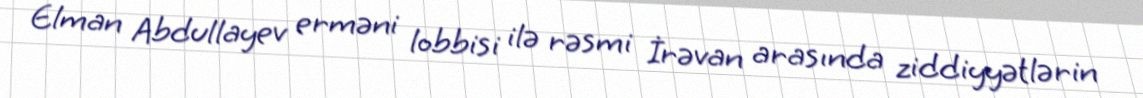
Elman Abdullayev erməni lobbisi ilə rəsmi İrəvan arasında ziddiyyətlərin